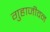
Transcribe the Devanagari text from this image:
गुहाजीवन